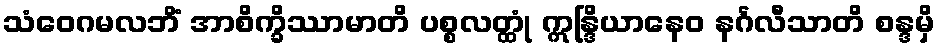
သံဝေဂမလဘိံ အာစိက္ခိဿာမာတိ ပစ္စလတ္ထုံ ဣန္ဒြိယာနေဝ နင်္ဂလီသာတိ စန္ဒမှိ